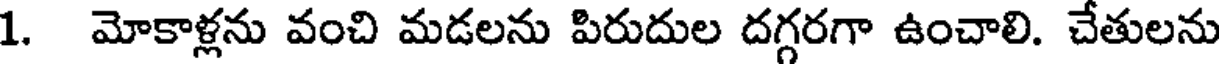
1. మోకాళ్లను వంచి మడలను పిరుదుల దగ్గరగా ఉంచాలి. చేతులను